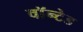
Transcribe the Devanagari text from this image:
वॉन्टेड